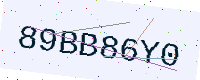
Text: 89BB86Y0